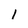
Character: I